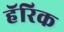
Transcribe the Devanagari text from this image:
हॅरिक